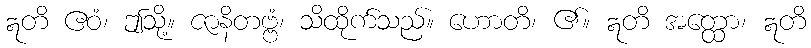
ဣတိ ဧဝံ၊ ဤသို့။ ဇာနိတဗ္ဗံ၊ သိထိုက်သည်။ ဟောတိ၊ ၏။ ဣတိ အတ္ထော၊ ဣတိ